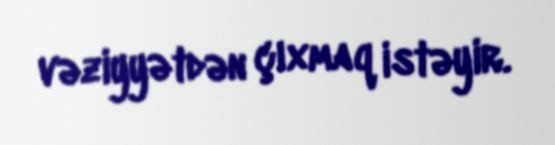
vəziyyətdən çıxmaq istəyir.